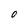
Character: O